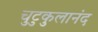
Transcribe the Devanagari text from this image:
चुटुकुलानंद